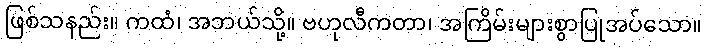
ဖြစ်သနည်း။ ကထံ၊ အဘယ်သို့။ ဗဟုလီကတာ၊ အကြိမ်းများစွာပြုအပ်သော။